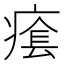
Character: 𤸌